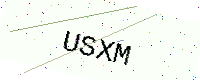
Text: USXM